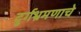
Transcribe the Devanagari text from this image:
दुर्गभ्रमणाचे